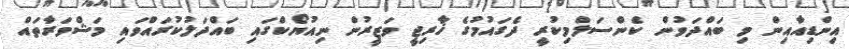
އިންޑިއާއިން މި ބައްދަވުން ކެންސަލްމިކުރީ ދެގައުމުގެ ޚާރިޖީ ވަޒީރުން ނިއުޔޯކްގައި ބައްދަލުކުރައްވައި މަޝްވަރާތައް